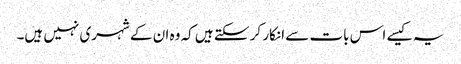
یہ کیسے اس بات سے انکار کر سکتے ہیں کہ وہ ان کے شہری نہیں ہیں۔